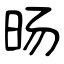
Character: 旸